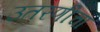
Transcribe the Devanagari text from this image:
उतरणीचा